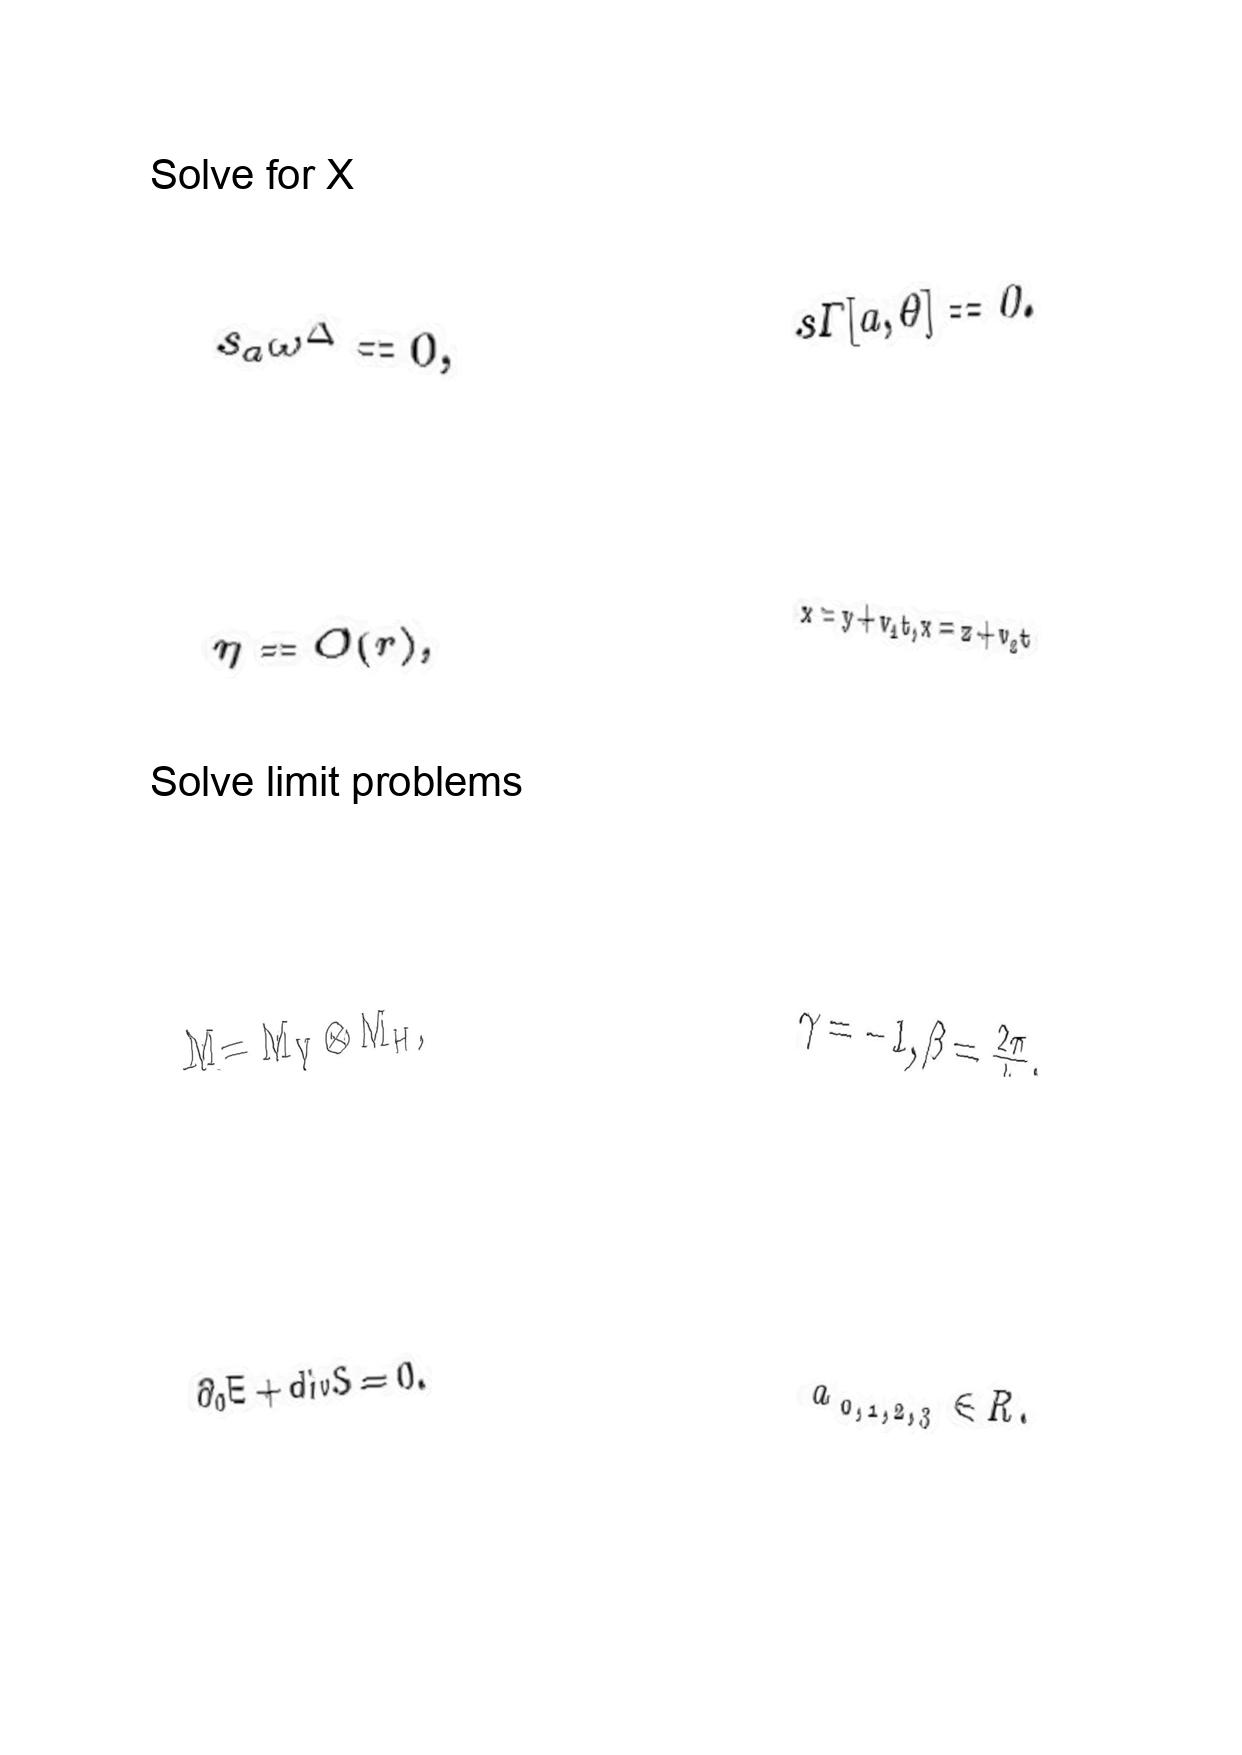
LaTeX transcription:
s _ { a } \omega ^ { \Delta } = 0 ,
\eta = O \lparen r \rparen ,
M = M _ { V } \otimes M _ { H } ,
\partial _ { 0 } E + d i v S = 0 .
s \Gamma \lbrack a , \theta \rbrack = 0 .
x = y + v _ { 1 } t , x = z + v _ { 2 } t
\gamma = - 1 , \beta = \frac { 2 \pi } { k } ,
a _ { 0 , 1 , 2 , 3 } \in R .